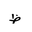
Letter: _za